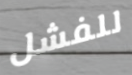
للفشل